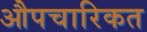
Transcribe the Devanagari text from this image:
औपचारिकत